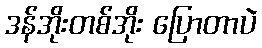
ဒန်အိုးတစ်အိုး ပြောတာပဲ